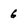
Character: 6